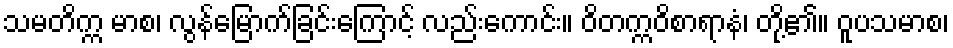
သမတိက္က မာစ၊ လွန်မြောက်ခြင်းကြောင့် လည်းကောင်း။ ဝိတက္ကဝိစာရာနံ၊ တို့၏။ ဝူပသမာစ၊